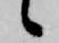
候